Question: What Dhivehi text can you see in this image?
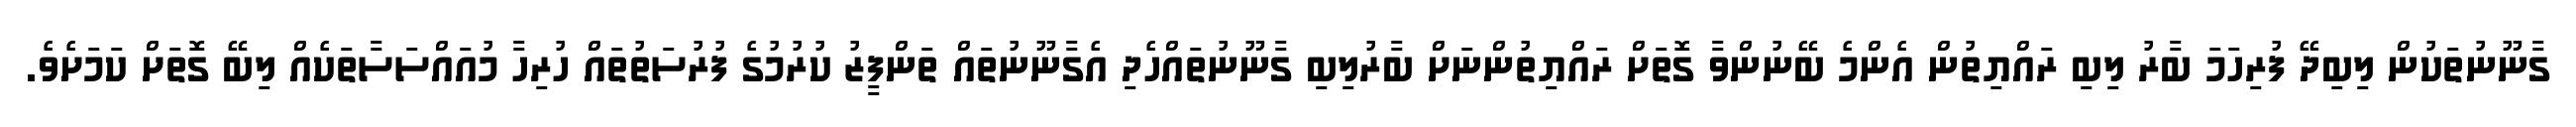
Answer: ގާނޫނުތަކުން ލިބިދޭ ފުރިހަމަ ބާރު ލިބި ރައްޔިތުން އެންމެ ބޭނުންވާ ގޮތަށް ރައްޔިތުންނަށް ބާރުލިބި ގާނޫނުތައްހެދި އެގާނޫނުތައް ތަންފީޒު ކުރުމުގެ ފުރުސަތުތައް ހުރިހާ މުއައްސަސާތަކެއް ލިބޭ ގޮތަށް ކަމަށެވެ.